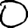
Digit: 0